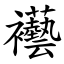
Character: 襼